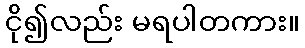
ငို၍လည်း မရပါတကား။